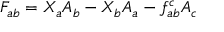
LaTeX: F _ { a b } = X _ { a } A _ { b } - X _ { b } A _ { a } - f _ { a b } ^ { c } A _ { c }